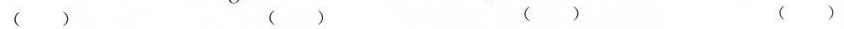
( ) ( ) ( ) ( )